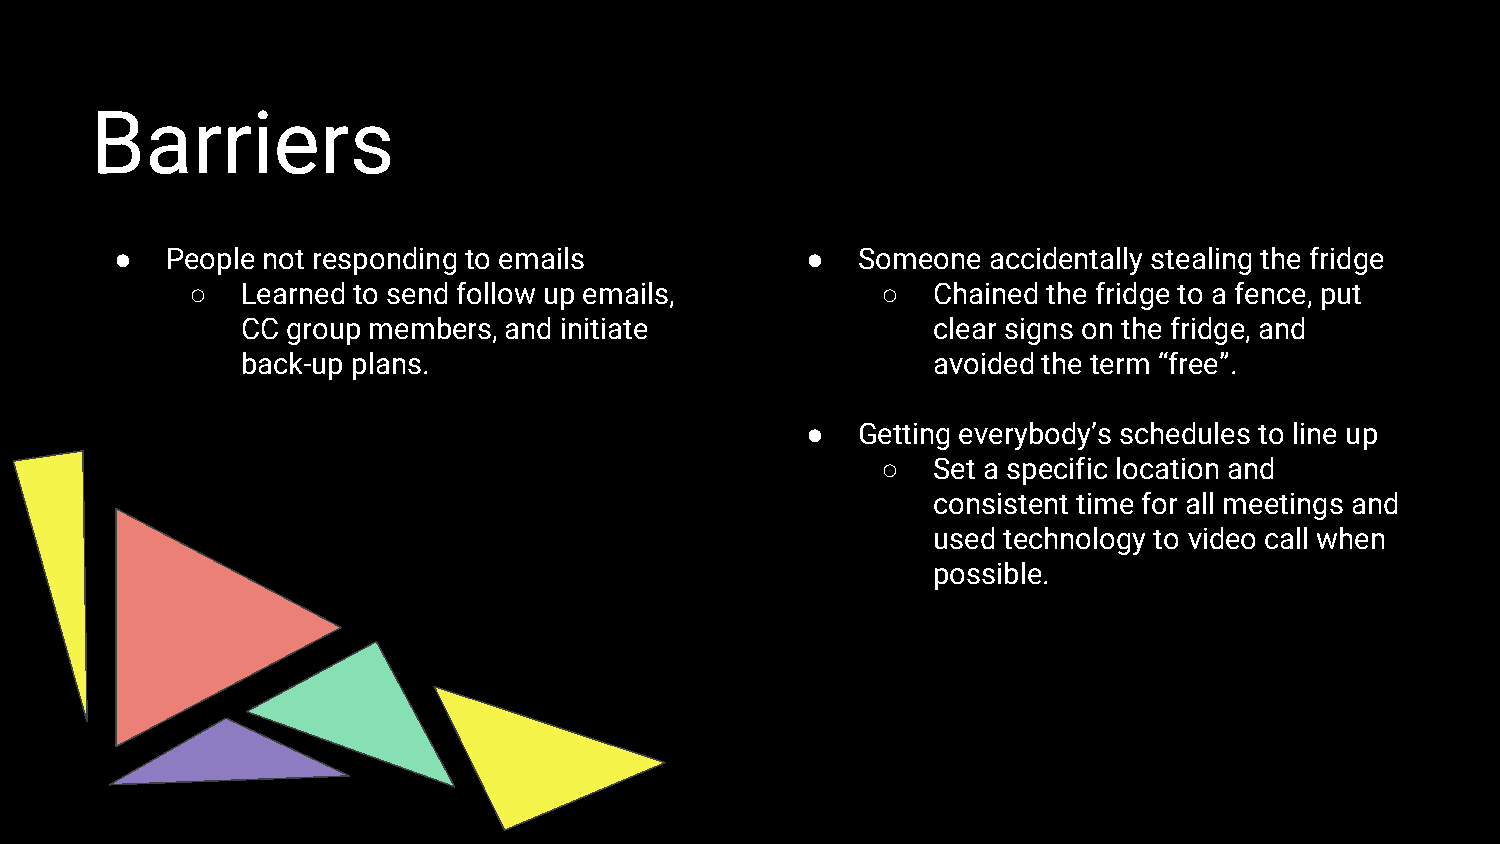
Barriers
 ●  People not responding to emails           ●   Someone accidentally stealing the fridge
 ○   Learned to send follow up emails,         ○   Chained the fridge to a fence, put
 CC group members, and initiate                clear signs on the fridge, and
 back-up plans.                                avoided the term “free”.
 ●   Getting everybody’s schedules to line up
 ○   Set a specific location and
 consistent time for all meetings and
 used technology to video call when
 possible.